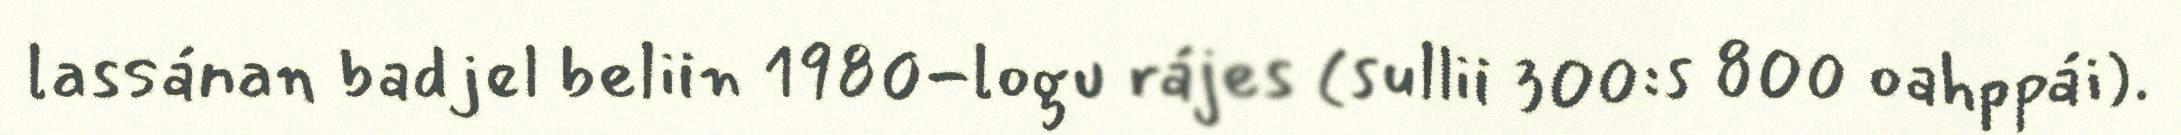
lassánan badjel beliin 1980-logu rájes (sullii 300:s 800 oahppái).